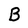
Character: B